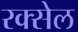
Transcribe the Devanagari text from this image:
रक्सेल